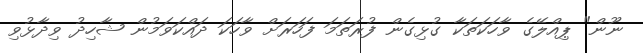
ނޫން" ޕިއްލޭގެ ވާހަކަތަކާ ގުޅިގެން ފުރަތަމަ ފަހަރަށް ވާހަކަ ދައްކަވަމުން ޝާހިދު ވިދާޅުވި